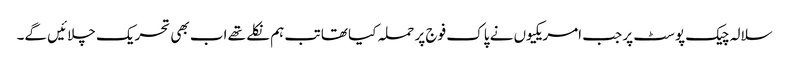
سلالہ چیک پوسٹ پر جب امریکیوں نے پاک فوج پر حملہ کیا تھا تب ہم نکلے تھے اب بھی تحریک چلائیں گے۔